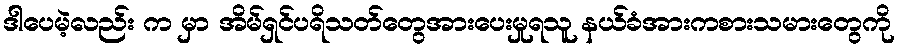
ဒါပေမဲ့လည်း က မှာ အိမ်ရှင်ပရိသတ်တွေအားပေးမှုရသူ နယ်ခံအားကစားသမားတွေကို